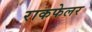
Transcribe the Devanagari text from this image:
राकफेलर